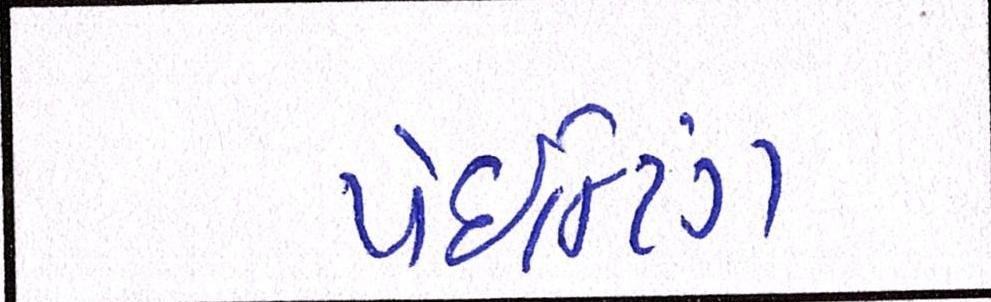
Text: પેઈન્ટિંગ